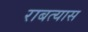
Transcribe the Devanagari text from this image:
राबत्यास